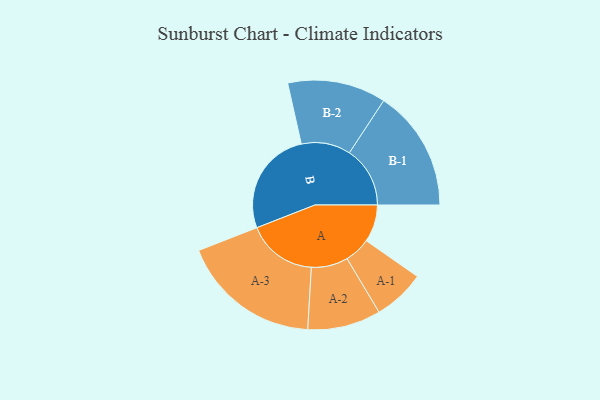
{"axis": {"x": "Segment", "y": "Value"}, "legend": ["", "A", "B"], "data": [{"x": "A", "y": 157, "type": ""}, {"x": "B", "y": 444, "type": ""}, {"x": "A-1", "y": 109, "type": "A"}, {"x": "A-2", "y": 154, "type": "A"}, {"x": "A-3", "y": 294, "type": "A"}, {"x": "B-1", "y": 255, "type": "B"}, {"x": "B-2", "y": 207, "type": "B"}]}